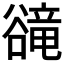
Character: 𧯇